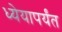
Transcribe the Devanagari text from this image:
ध्येयापर्यंत